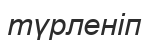
түрленіп